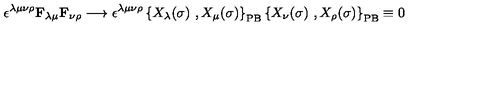
\epsilon ^ { \lambda \mu \nu \rho } \mathbf { F } _ { \lambda \mu } \mathbf { F } _ { \nu \rho } \longrightarrow \epsilon ^ { \lambda \mu \nu \rho } \left\{ X _ { \lambda } ( \sigma ) \ , X _ { \mu } ( \sigma ) \right\} _ { \mathrm { P B } } \left\{ X _ { \nu } ( \sigma ) \ , X _ { \rho } ( \sigma ) \right\} _ { \mathrm { P B } } \equiv 0